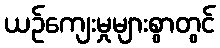
ယဉ်ကျေးမှုများစွာတွင်